Tartu_Kolgata_baptistikogudus, lk 21
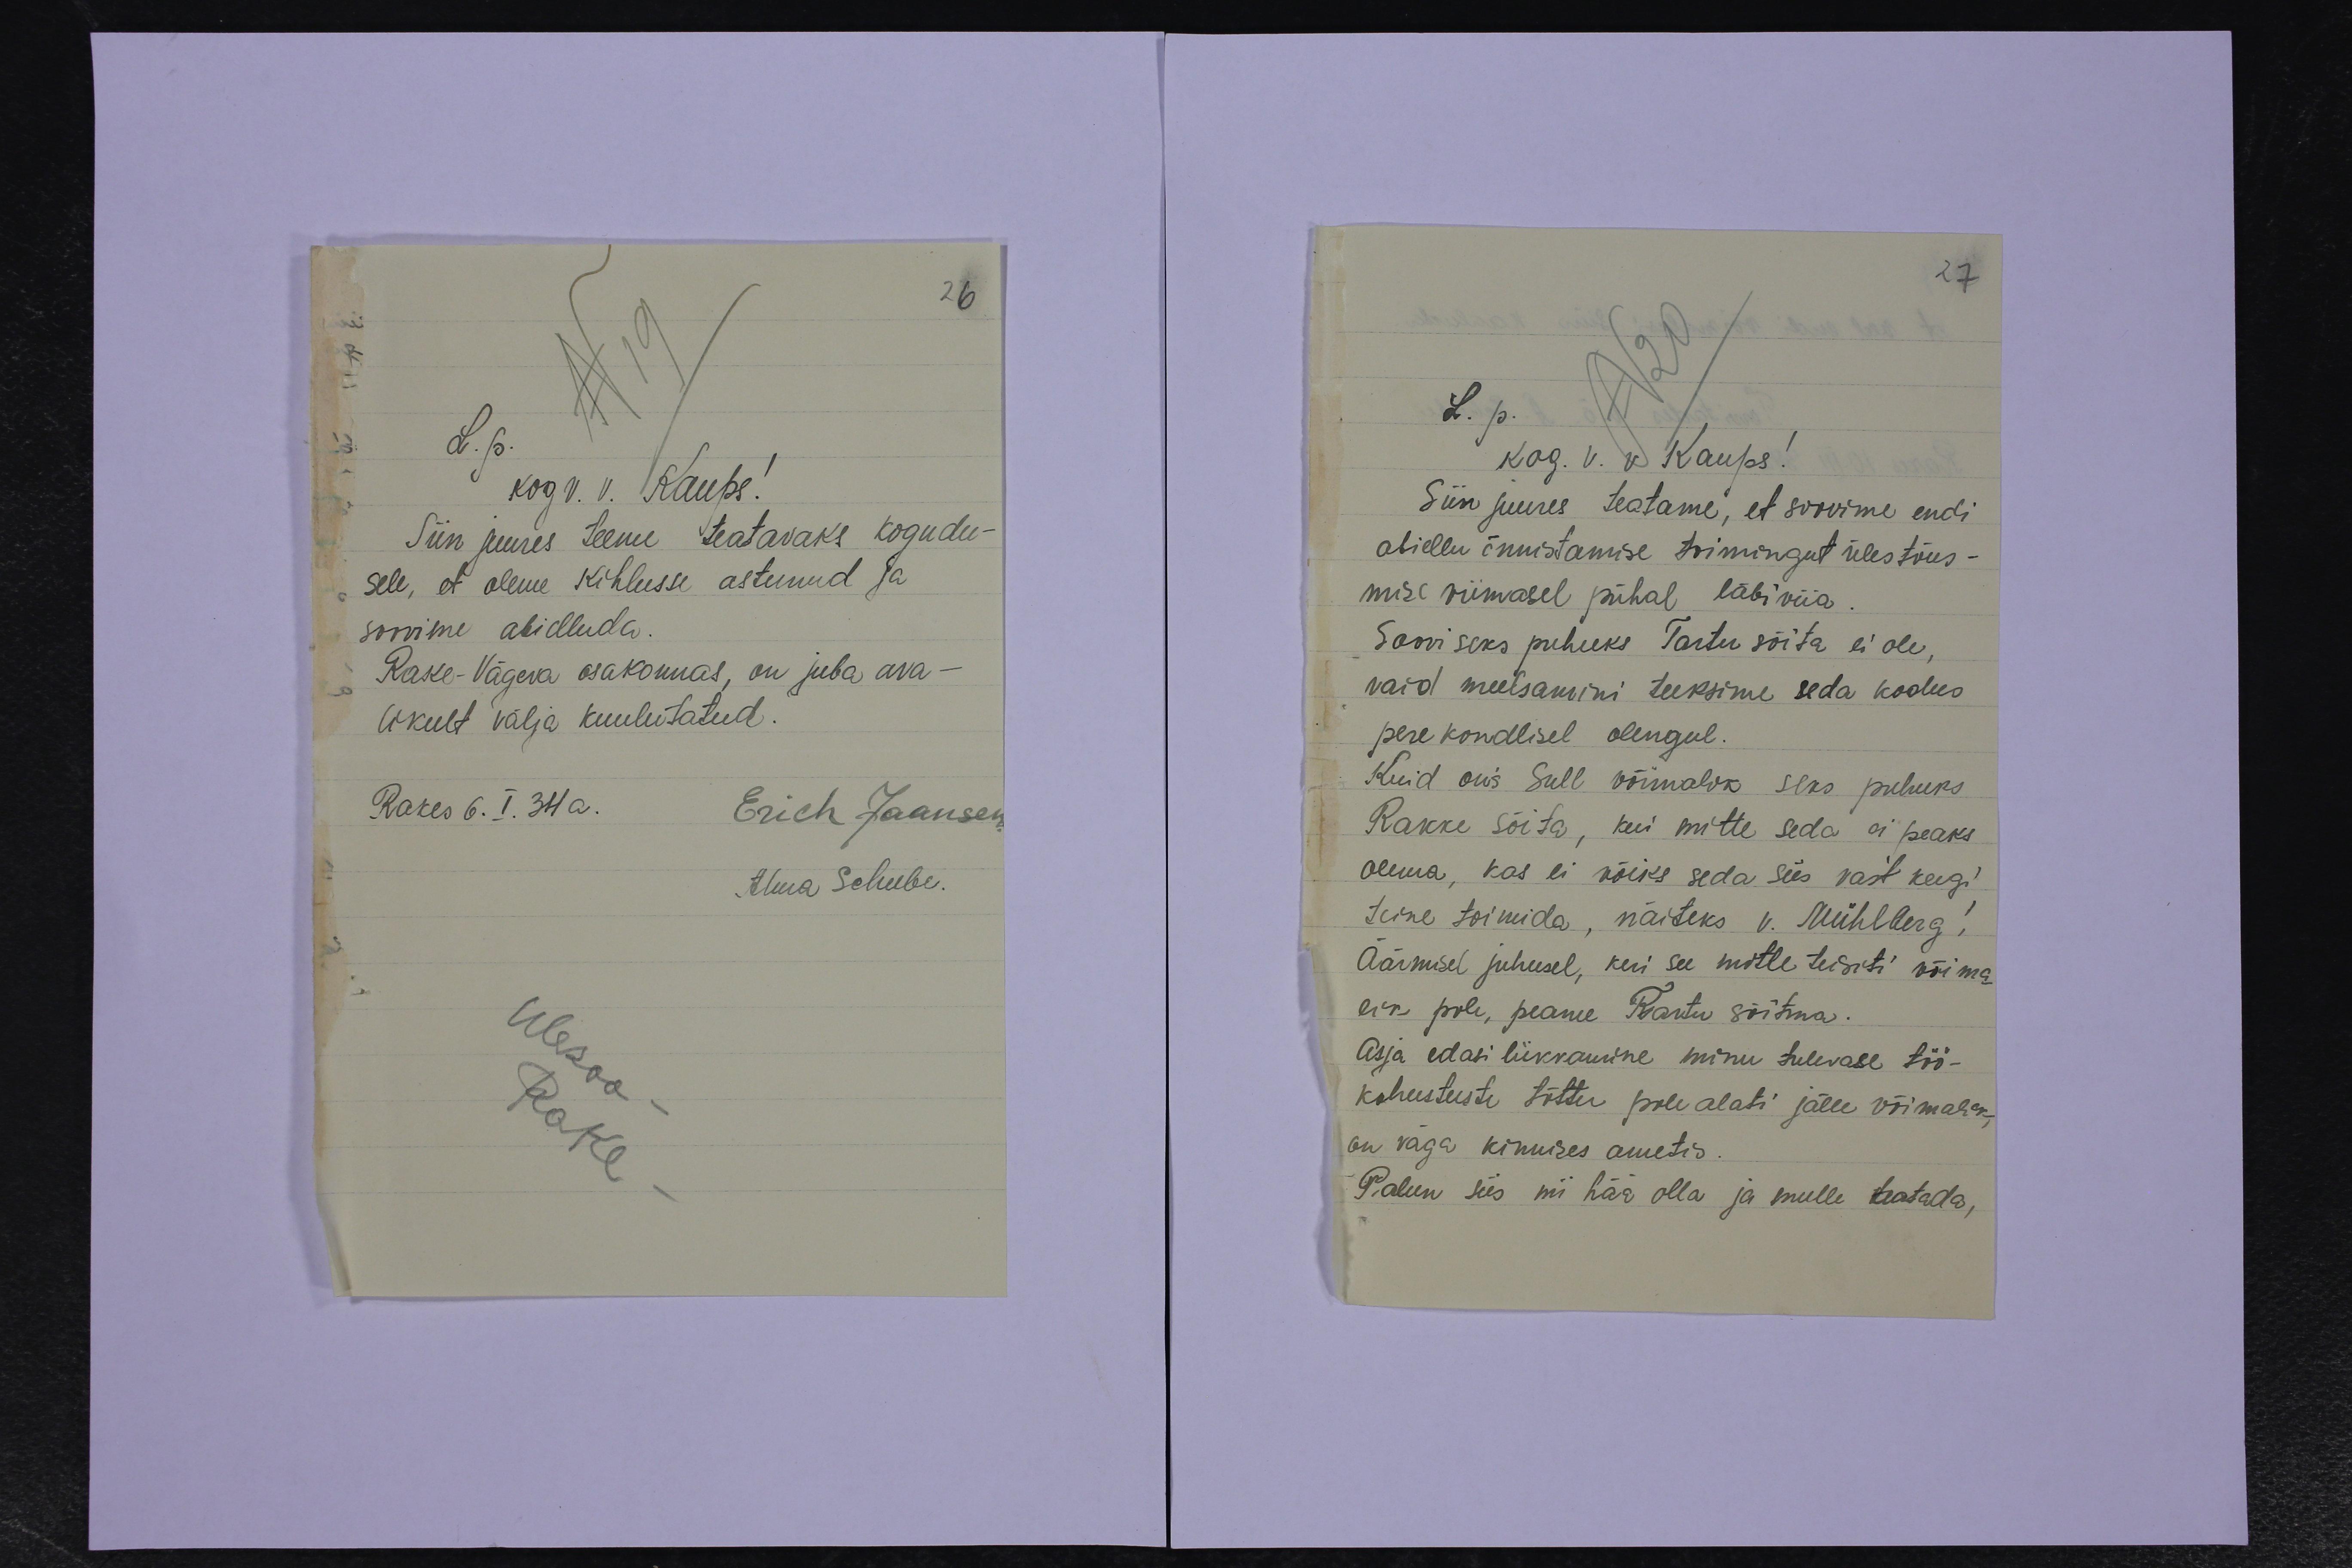
26
L.p.
kog v. v. Kaups!
Siin juures teeme teatavaks kogudu-
sele, et oleme kihlusse astunud ja
soovime abielluda
Rake-Vägeva osakonnas, on juba ava-
likult välja kuulutatud.
Rakes 6. I. 34 a.
Erich Jaansen
Alma Schube.
Ülesoo
Rake

27
L.p
kog. v. v Kaups!
Siin juures teatame, et soovime endi
abiellu õnnistamise toimingut ülestõus-
mise viimasel pühal läbi viia.
Soovi seks puhuks Tartu sõita ei ole,
vaid meelsamini teeksime seda kodus
perekondlisel olengul.
Kuid on's Sull võimalik seks puhuks
Rakke sõita, kui mitte seda ei peaks
olema, kas ei võiks seda siis vast keegi
teine toimida, näiteks v. Mühlberg!
Äärmisel juhusel, kui see mitte teisiti võima
lik pole, peame Tartu sõitma.
Asja edasi lükkamine minu tulevase töö-
kohustuste tõttu pole alati jälle võimalik,
on väga kinnises ametis.
Palun siis nii hää olla ja mulle teatada,